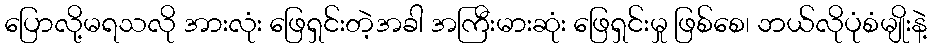
ပြောလို့မရသလို အားလုံး ဖြေရှင်းတဲ့အခါ အကြီးမားဆုံး ဖြေရှင်းမှု ဖြစ်စေ၊ ဘယ်လိုပုံစံမျိုးနဲ့